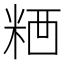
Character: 𥺗